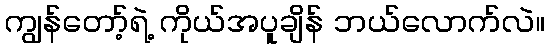
ကျွန်တော့်ရဲ့ ကိုယ်အပူချိန် ဘယ်လောက်လဲ။